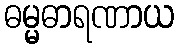
ဓမ္မဓာရဏာယ